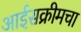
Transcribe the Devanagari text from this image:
आईसक्रीमचा